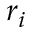
r _ { i }